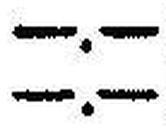
—.—